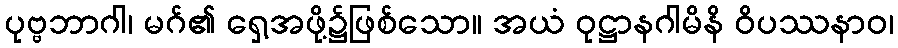
ပုဗ္ဗဘာဂါ၊ မဂ်၏ ရှေ့အဖို့၌ဖြစ်သော။ အယံ ဝုဋ္ဌာနဂါမိနိ ဝိပဿနာဝ၊